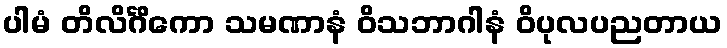
ပါမံ တိလိင်္ဂိကော သမဏာနံ ဝိသဘာဂါနံ ဝိပုလပညတာယ